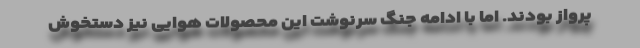
پرواز بودند. اما با ادامه جنگ سرنوشت این محصولات هوایی نیز دستخوش